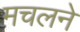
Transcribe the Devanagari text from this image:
मचलने